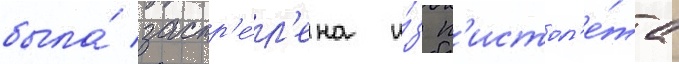
была́ застр'е́л'ена и́з п'истол'е́та